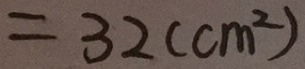
= 3 2 ( c m ^ { 2 } )